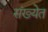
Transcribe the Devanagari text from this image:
संख्‍येत